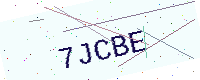
Text: 7JCBE